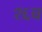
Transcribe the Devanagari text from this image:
१६च